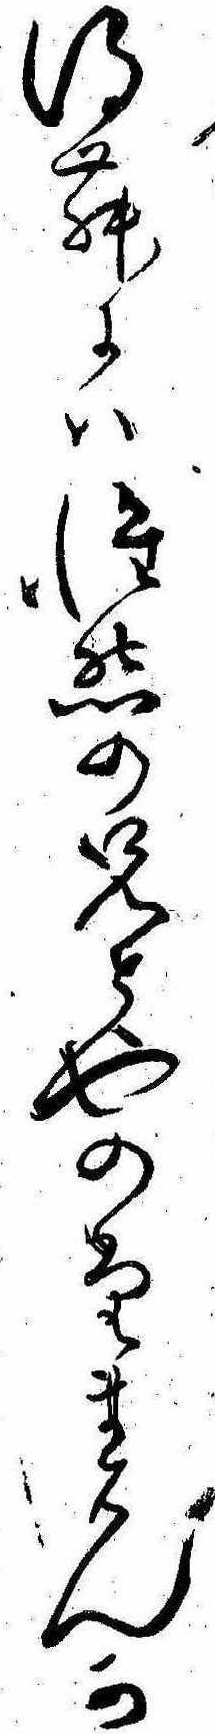
得むには惟然の兄とやのたまはんか